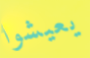
يعيشوا